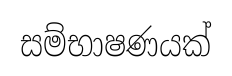
සම්භාෂණයක්